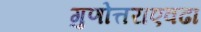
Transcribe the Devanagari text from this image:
गुणोत्तराएवढा